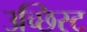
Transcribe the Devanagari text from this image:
उच्छिस्ट